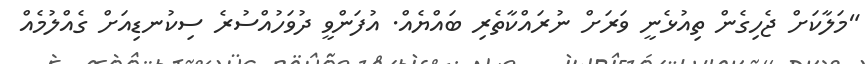
"މަލާކަށް ޖެހިގެން ތިއުޅެނީ ވަރަށް ނުރައްކާތެރި ބައްޔެއް. އުފަންވީ ދުވަހުއްސުރެ ސިކުނޑިއަށް ގެއްލުމެއް